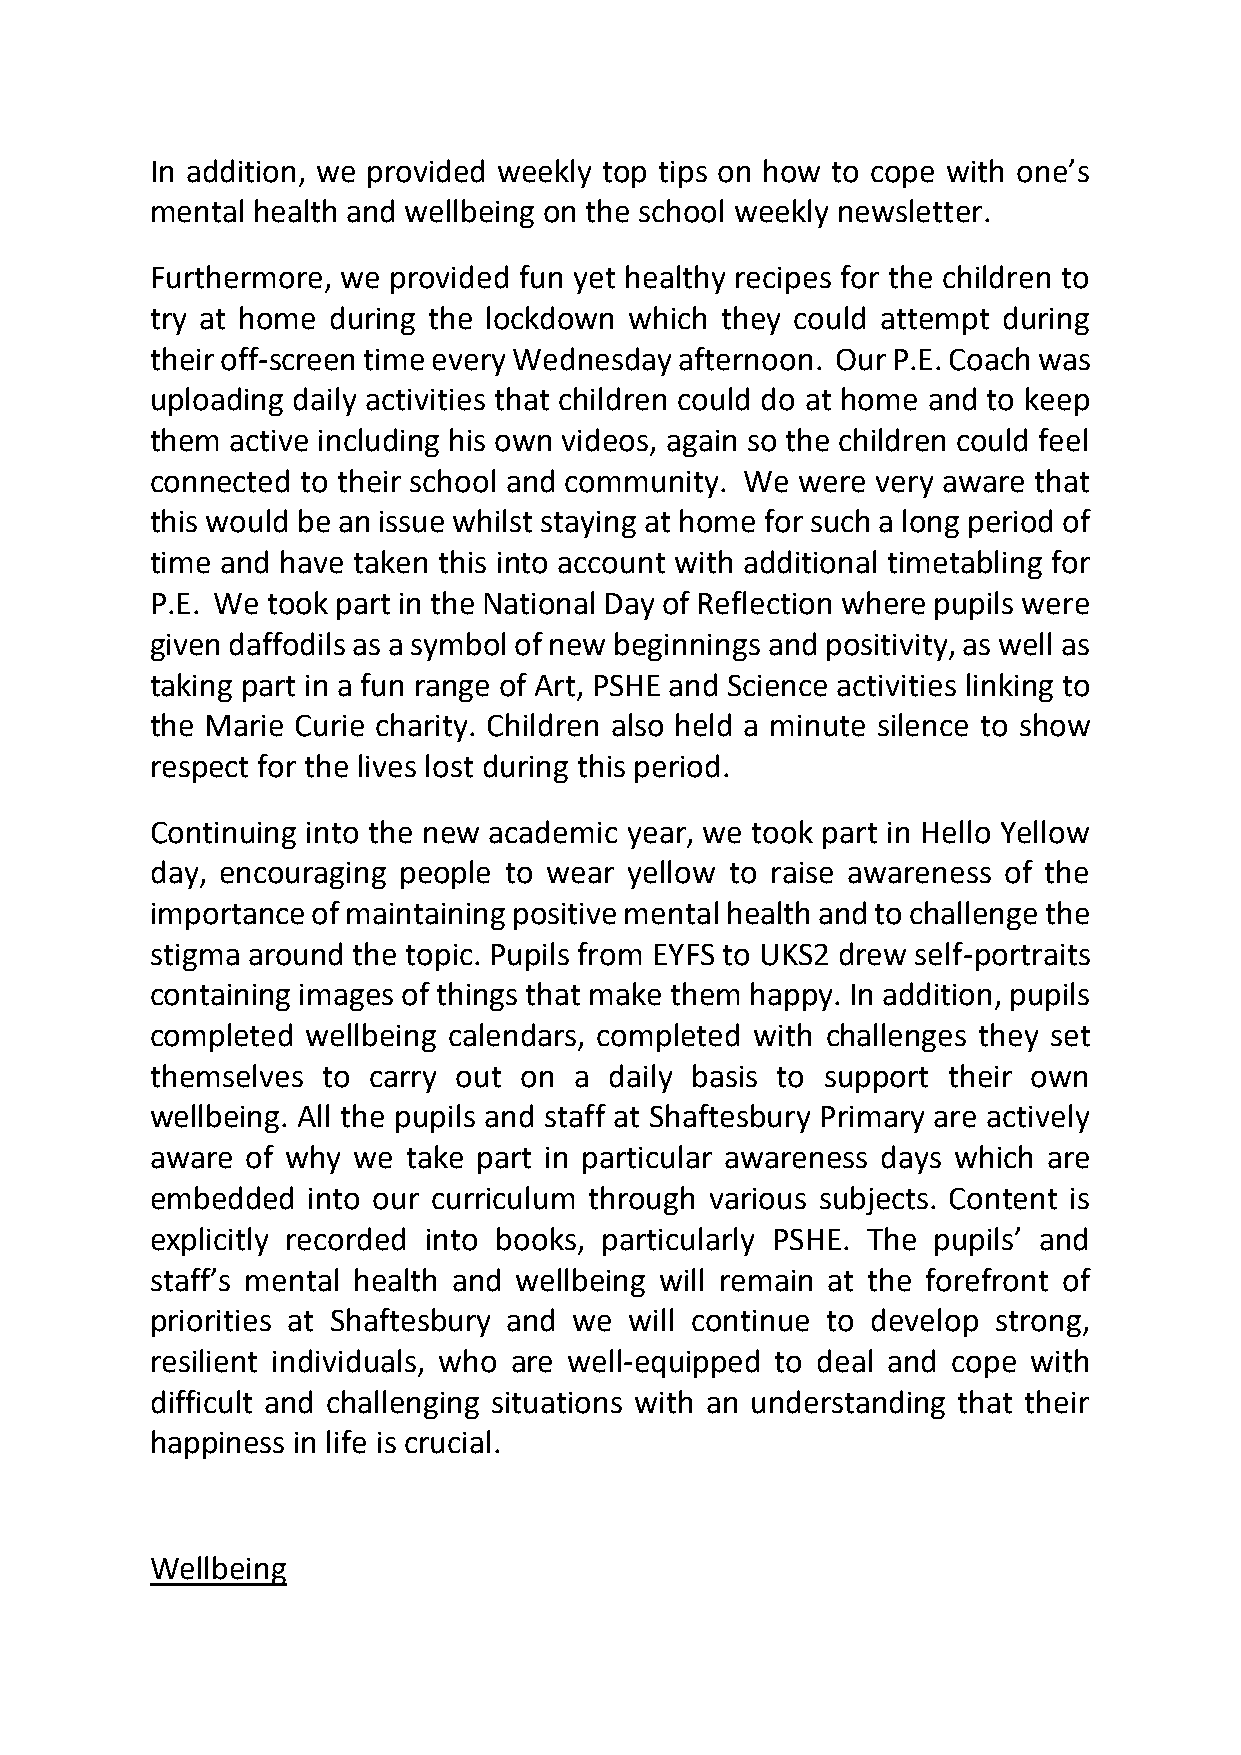
In addition, we provided weekly top tips on how to cope with one’s
 mental health and wellbeing on the school weekly newsletter.
 Furthermore, we provided fun yet healthy recipes for the children to
 try at home during the lockdown which they could attempt during
 their off-screen time every Wednesday afternoon. Our P.E. Coach was
 uploading daily activities that children could do at home and to keep
 them active including his own videos, again so the children could feel
 connected to their school and community. We were very aware that
 this would be an issue whilst staying at home for such a long period of
 time and have taken this into account with additional timetabling for
 P.E. We took part in the National Day of Reflection where pupils were
 given daffodils as a symbol of new beginnings and positivity, as well as
 taking part in a fun range of Art, PSHE and Science activities linking to
 the Marie Curie charity. Children also held a minute silence to show
 respect for the lives lost during this period.
 Continuing into the new academic year, we took part in Hello Yellow
 day, encouraging people to wear yellow to raise awareness of the
 importance of maintaining positive mental health and to challenge the
 stigma around the topic. Pupils from EYFS to UKS2 drew self-portraits
 containing images of things that make them happy. In addition, pupils
 completed wellbeing calendars, completed with challenges they set
 themselves to carry out on  a daily basis to support their own
 wellbeing. All the pupils and staff at Shaftesbury Primary are actively
 aware of why we  take part in particular awareness days which are
 embedded  into our curriculum through various subjects. Content is
 explicitly recorded into books, particularly PSHE. The pupils’ and
 staff’s mental health and wellbeing will remain at the forefront of
 priorities at Shaftesbury and we will continue to develop strong,
 resilient individuals, who are well-equipped to deal and cope with
 difficult and challenging situations with an understanding that their
 happiness in life is crucial.
 Wellbeing